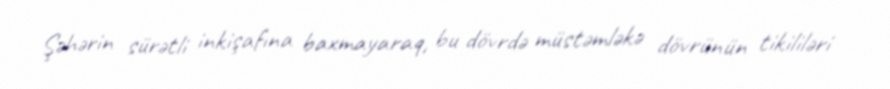
Şəhərin sürətli inkişafına baxmayaraq, bu dövrdə müstəmləkə dövrünün tikililəri